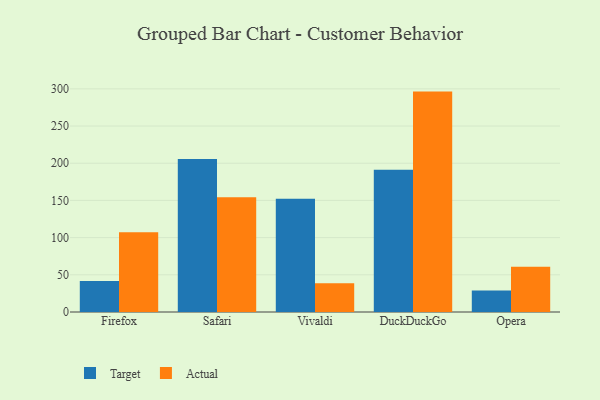
{"axis": {"x": "Browser", "y": "Backlog"}, "legend": ["Actual", "Target"], "data": [{"x": "Firefox", "y": 41.7, "type": "Target"}, {"x": "Firefox", "y": 107.3, "type": "Actual"}, {"x": "Safari", "y": 205.8, "type": "Target"}, {"x": "Safari", "y": 154.2, "type": "Actual"}, {"x": "Vivaldi", "y": 152.1, "type": "Target"}, {"x": "Vivaldi", "y": 38.5, "type": "Actual"}, {"x": "DuckDuckGo", "y": 191.4, "type": "Target"}, {"x": "DuckDuckGo", "y": 296.3, "type": "Actual"}, {"x": "Opera", "y": 29.0, "type": "Target"}, {"x": "Opera", "y": 60.9, "type": "Actual"}]}